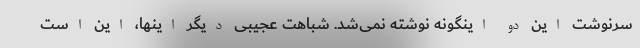
سرنوشت این دو اینگونه نوشته نمی‌شد. شباهت عجیبی دیگر اینها، این است